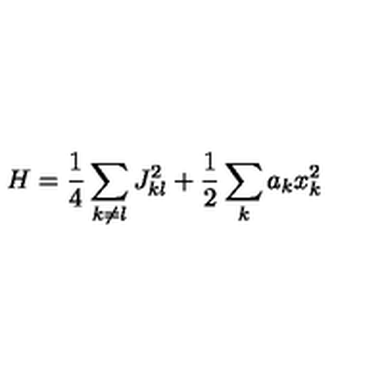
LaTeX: H = { \frac { 1 } { 4 } } \sum _ { k \neq l } J _ { k l } ^ { 2 } + { \frac { 1 } { 2 } } \sum _ { k } a _ { k } x _ { k } ^ { 2 }